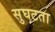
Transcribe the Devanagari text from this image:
सुघटता